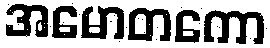
အမောတကော